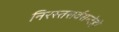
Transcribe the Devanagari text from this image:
निरस्तसर्वसन्देहो